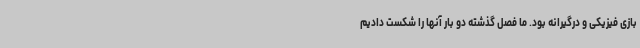
بازی فیزیکی و درگیرانه بود. ما فصل گذشته دو بار آنها را شکست دادیم